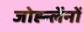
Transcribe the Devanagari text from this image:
जोह्न्लेंनों